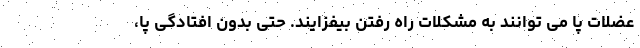
عضلات پا می توانند به مشکلات راه رفتن بیفزایند. حتی بدون افتادگی پا،